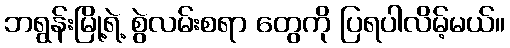
ဘရွန်းမြို့ရဲ့ စွဲလမ်းစရာ တွေကို ပြရပါလိမ့်မယ်။